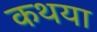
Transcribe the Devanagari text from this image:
कथया